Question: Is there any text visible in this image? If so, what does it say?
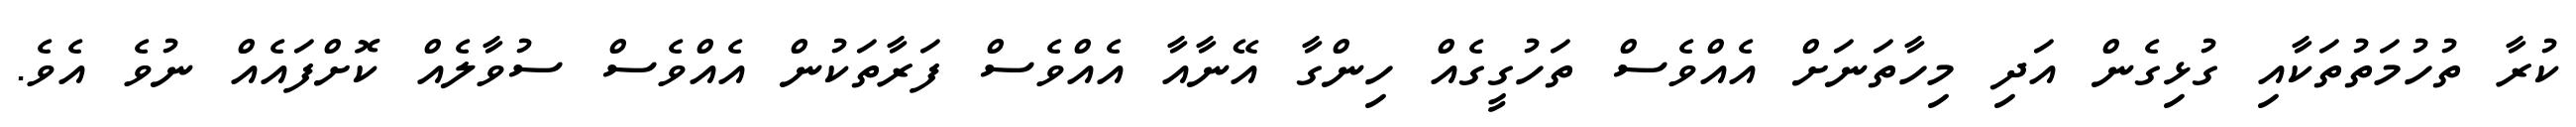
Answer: ކުރާ ތުހުމަތުތަކާއި ގުޅިގެން އަދި މިހާތަނަށް އެއްވެސް ތަހުގީގެއް ހިންގާ އޭނާއާ އެއްވެސް ފަރާތަކުން އެއްވެސް ސުވާލެއް ކޮށްފައެއް ނުވެ އެވެ.